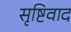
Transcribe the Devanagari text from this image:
सृष्टिवाद